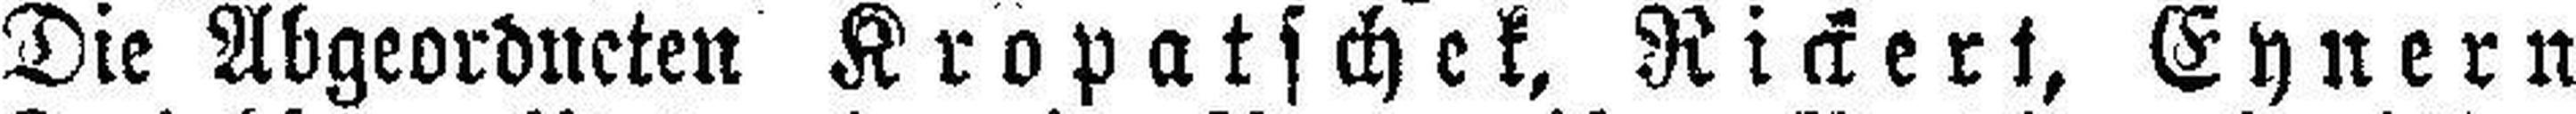
Die Abgeordneten Kropatschek, Rickert, Eynern